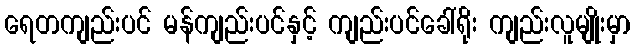
ရေတကျည်းပင် မန်ကျည်းပင်နှင့် ကျည်းပင်ခေါ်ရိုး ကျည်းလူမျိုးမှာ